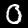
Digit: 0